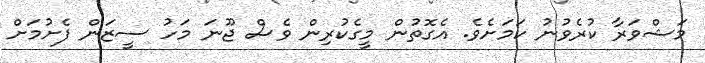
މަޝްވަރާ ކުރެވުނު ކަމަށެވެ. އެގޮތުން މީގެކުރިން ވެސް ޖޫނަ މަހު ސީޒަން ފެށުމަށް